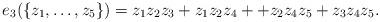
LaTeX: \begin{align*} e_3(\left \lbrace z_1, \ldots, z_5 \right \rbrace ) &= z_1 z_2 z_3 + z_1 z_2 z_4 + + z_2 z_4 z_5+ z_3 z_4 z_5.\end{align*}